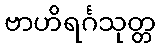
ဗာဟိရင်္ဂသုတ္တ